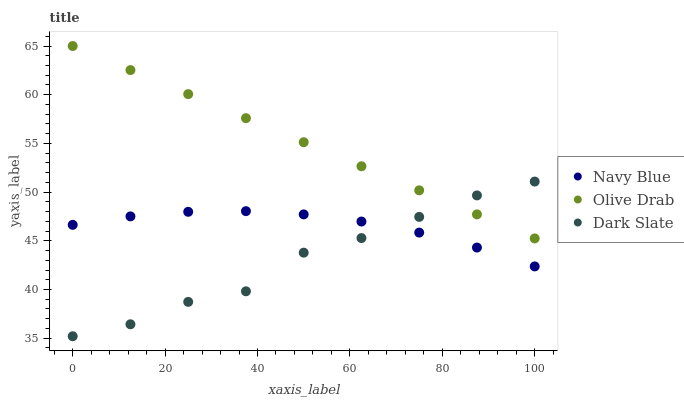
| xaxis_label | Navy Blue | Olive Drab | Dark Slate |
 | --- | --- | --- | --- |
 | 0 | 46.6 | 65 | 35.2 |
 | 12.5 | 47.5 | 62.5 | 36.4 |
 | 25 | 48 | 60.1 | 38.7 |
 | 37.5 | 48 | 57.6 | 39.8 |
 | 50 | 47.7 | 55.1 | 43.8 |
 | 62.5 | 47 | 52.7 | 45.3 |
 | 75 | 45.8 | 50.2 | 47.5 |
 | 87.5 | 44.3 | 47.7 | 49.7 |
 | 100 | 42.4 | 45.2 | 51.1 |